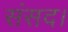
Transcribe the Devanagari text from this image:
संसद।